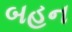
બહન